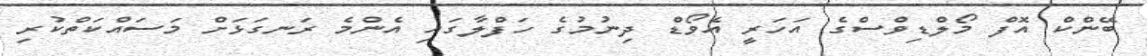
ބޭންކް އޮފް މޯލްޑިވްސްގެ އަހަރީ އެވޯޑް ދިނުމުގެ ހަފްލާގައި އެންމެ ރަނގަޅަށް މަސައްކަތްކުރި